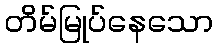
တိမ်မြုပ်နေသော